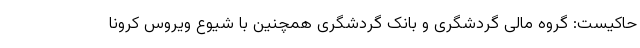
حاکیست: گروه مالی گردشگری و بانک گردشگری همچنین با شیوع ویروس کرونا